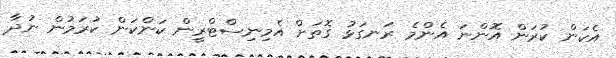
އެކަން ކުރަން އޮންނަ އެންމެ ރަނގަޅު ގޮތަށް އެމިނިސްޓްރީން ކަންކަން ކުރަމުން ނުދާ